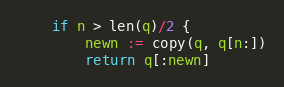
Language: Go
	if n > len(q)/2 {
		newn := copy(q, q[n:])
		return q[:newn]